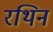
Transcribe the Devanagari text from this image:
रथिन